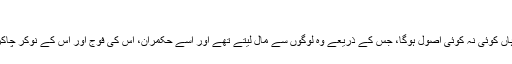
(یوسف:۳۹)
یہ بات کسی سے مخفی نہیں کہ ان کے کفر کے باوجود یہ بات ضروری ہے کہ ان کے ہاں کوئی نہ کوئی اصول ہوگا، جس کے ذریعے وہ لوگوں سے مال لیتے تھے اور اسے حکمران، اس کی فوج اور اس کے نوکر چاکروں پر خرچ کرتے تھے اور یہ طریقہ انبیا کی سنت اور ان کے عدل میں شامل نہیں تھا۔